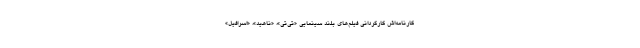
کارنامه‌اش کارگردانی فیلم‌های بلند سینمایی «تی‌تی»، «ناهید»، «اسرافیل»